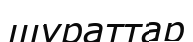
шұраттар